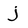
Character: j